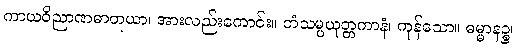
ကာယဝိညာဏဓာတုယာ၊ အားလည်းကောင်း။ တံသမ္ပယုတ္တကာနံ၊ ကုန်သော။ ဓမ္မာနဉ္စ၊